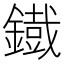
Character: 鐡